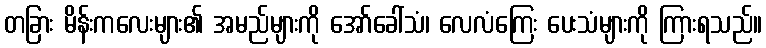
တခြား မိန်းကလေးများ၏ အမည်များကို အော်ခေါ်သံ၊ လေလံကြေး ပေးသံများကို ကြားရသည်။